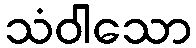
သံဝါသော